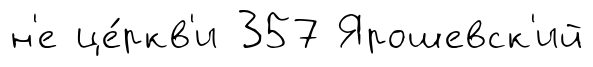
н'е це́ркв'и 357 Ярошевск'ий